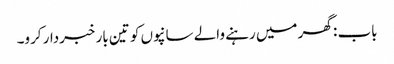
باب : گھر میں رہنے والے سانپوں کو تین بار خبردار کرو۔